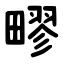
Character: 疁